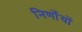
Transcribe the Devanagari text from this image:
निर्णोयों